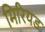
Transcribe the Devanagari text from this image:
मिरियड